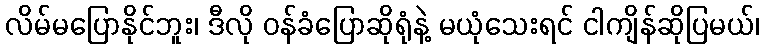
လိမ်မပြောနိုင်ဘူး၊ ဒီလို ဝန်ခံပြောဆိုရုံနဲ့ မယုံသေးရင် ငါကျိန်ဆိုပြမယ်၊